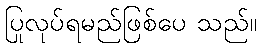
ပြုလုပ်ရမည်ဖြစ်ပေ သည်။